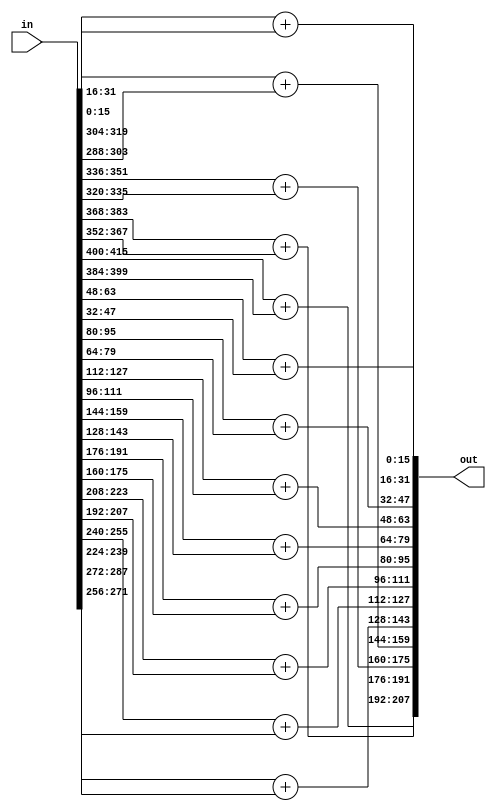

`timescale 1ns /1ns

module adder_tree26(in, out);

input signed [26 * 16 - 1 : 0] in;
output signed [13 *16 -1 : 0] out;

genvar i;
generate
    for ( i = 0; i < 13 ; i = i + 1) begin
        assign out[16 * i +: 16] = in[16 * (2*i + 1) +: 16] + in[16 * (2*i) +: 16];
    end
endgenerate
endmodule